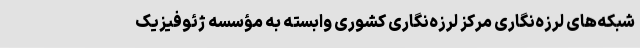
شبکه‌های لرزه‌نگاری مرکز لرزه‌نگاری کشوری وابسته به مؤسسه ژئوفیزیک